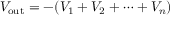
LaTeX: V _ { \mathrm { o u t } } = - ( V _ { 1 } + V _ { 2 } + \cdots + V _ { n } )